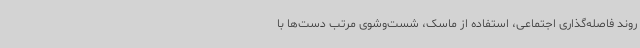
روند فاصله‌گذاری اجتماعی، استفاده از ماسک، شست‌وشوی مرتب دست‌ها با